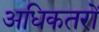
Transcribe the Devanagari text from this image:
अधिकतरों